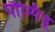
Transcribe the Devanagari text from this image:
पौम्पिडू